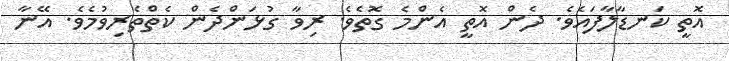
އޮތީ ކަނޑާލާފައެވެ. ދެން އޮތީ އެންމެ ގޮތެވެ. ރިވާ ގުޅަންދެން ކެތްތެރިވުމެވެ. އޭނާ